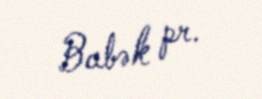
Babək pr.